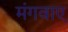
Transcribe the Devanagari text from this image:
मंगवाए